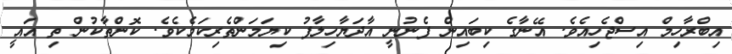
އިބްރާހިމް އިސްޖެހިއެވެ. އޭނާގެ ކިބައިން ފެނުނީ އާދަޔާހިލާފު ކިޔަމަންތެރިކަމެކެވެ. ކޮންތާކުން ތި އައީ